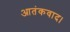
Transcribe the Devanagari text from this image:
आतंकवाद।